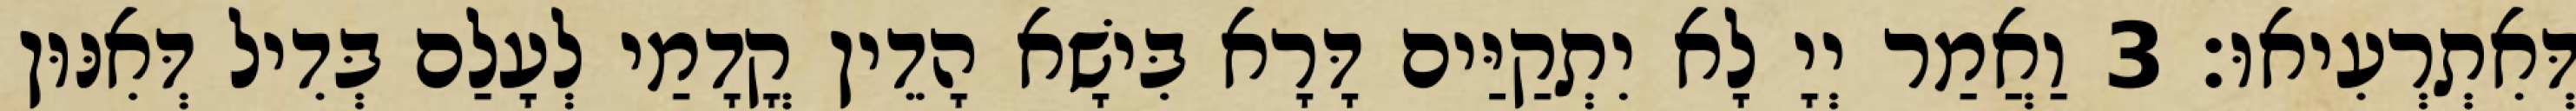
דְּאִתְרְעִיאוּ׃ 3 וַאֲמַר יְיָ לָא יִתְקַיַּים דָּרָא בִּישָׁא הָדֵין קֳדָמַי לְעָלַם בְּדִיל דְּאִנּוּן